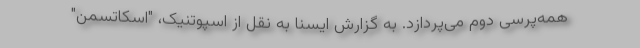
همه‌پرسی دوم می‌پردازد. به گزارش ایسنا به نقل از اسپوتنیک، "اسکاتسمن"